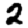
Digit: 2